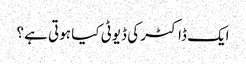
ایک ڈاکٹر کی ڈیوٹی کیا ہوتی ہے ؟